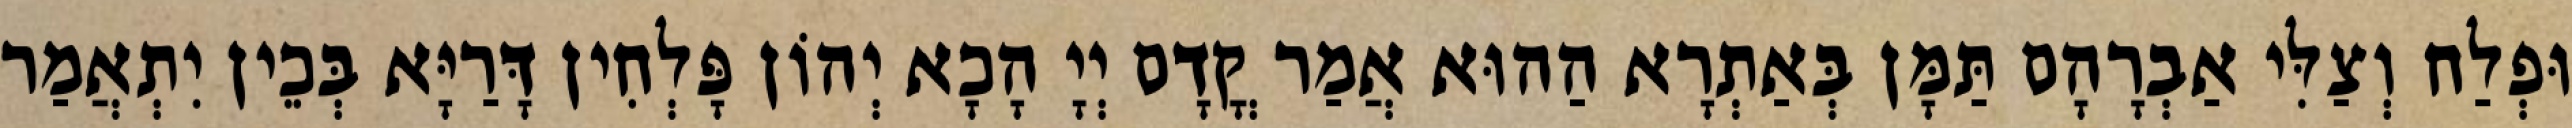
וּפְלַח וְצַלִּי אַבְרָהָם תַּמָּן בְּאַתְרָא הַהוּא אֲמַר קֳדָם יְיָ הָכָא יְהוֹן פָּלְחִין דָּרַיָּא בְּכֵין יִתְאֲמַר